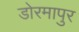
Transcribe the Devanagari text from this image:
डोरमापुर